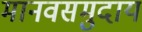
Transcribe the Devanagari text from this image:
मानवसमुदाय